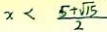
x < \frac { 5 + \sqrt { 1 5 } } { 2 }